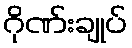
ဂိုဏ်းချုပ်